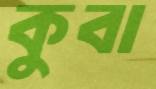
কুবা